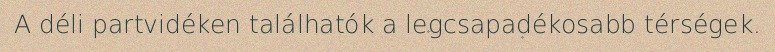
A déli partvidéken találhatók a legcsapadékosabb térségek.